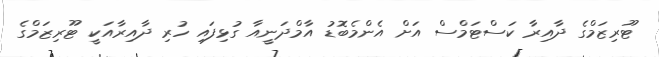
ޓޫރިޒަމްގެ ދާއިރާ ކަސްޓަމްސް އަށް އެންމެބޮޑު އާމްދަނީއާ ގުޅިފައި ހުރި ދާއިރާއަކީ ޓޫރިޒަމްގެ